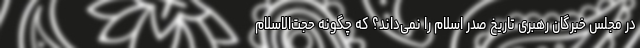
در مجلس خبرگان رهبری تاریخ صدر اسلام را نمی‌داند؟ که چگونه حجت‌الاسلام